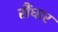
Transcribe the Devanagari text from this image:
सैंधार